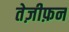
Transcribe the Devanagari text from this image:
तेज़ीफ़न